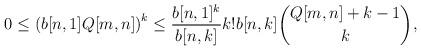
LaTeX: \begin{align*} 0 \leq \left(b[n,1]Q[m,n]\right)^k \leq \dfrac{b[n,1]^k}{b[n,k]}k!b[n,k]\binom{Q[m,n]+k-1}{k},\end{align*}